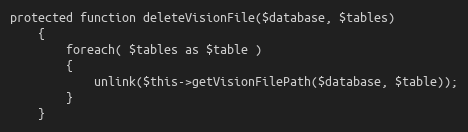
Language: PHP
protected function deleteVisionFile($database, $tables)
    {
        foreach( $tables as $table )
        {
            unlink($this->getVisionFilePath($database, $table));
        }
    }